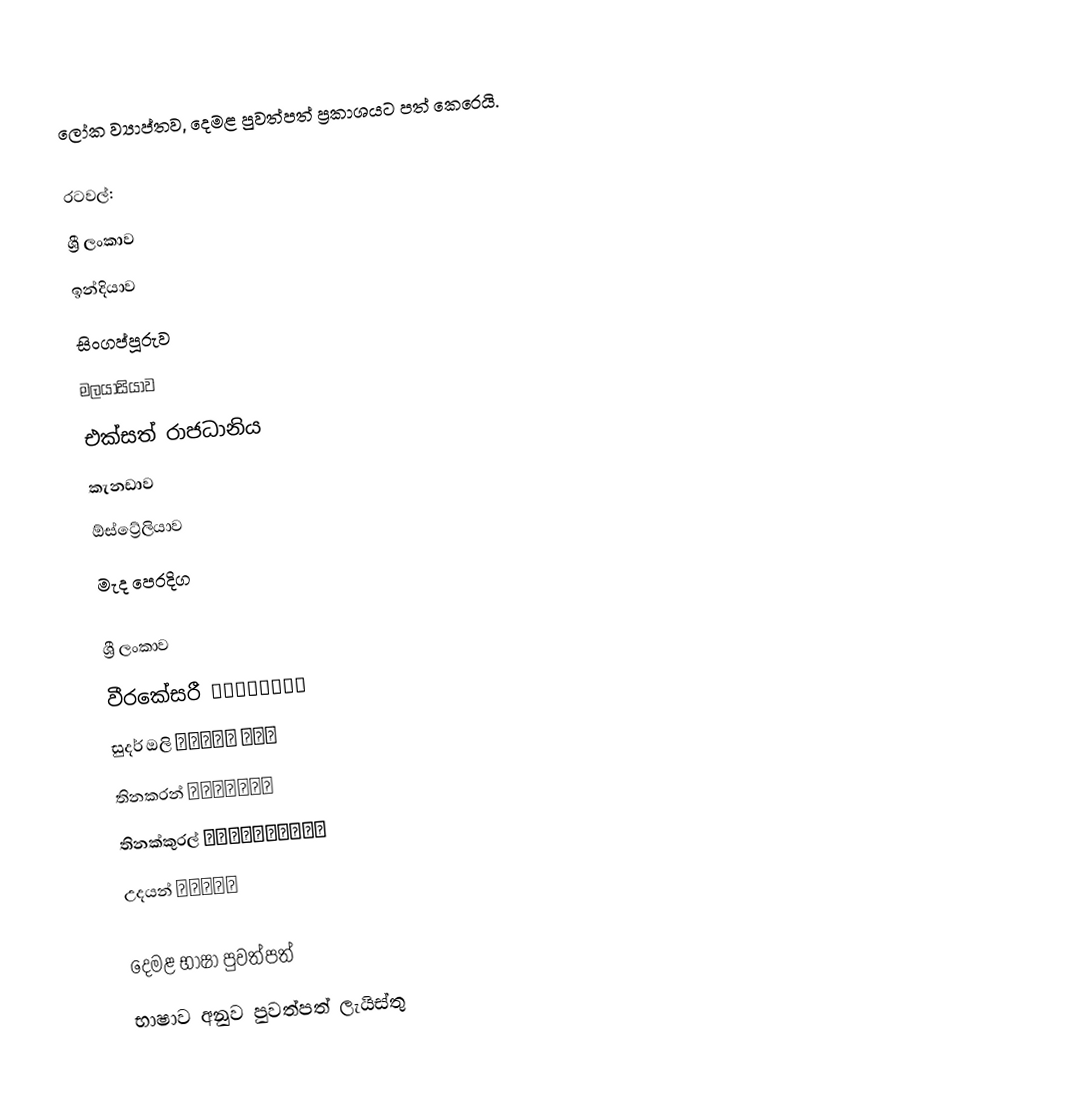
ලෝක ව්‍යාප්තව, දෙමළ පුවත්පත් ප්‍රකාශයට පත් කෙරෙයි.

රටවල්:
 ශ්‍රී ලංකාව
 ඉන්දියාව
 සිංගප්පූරුව
 මලයාසියාව
 එක්සත් රාජධානිය
 කැනඩාව
 ඕස්ට්‍රේලියාව
 මැද පෙරදිග

ශ්‍රී ලංකාව
 වීරකේසරී வீரகேசரி
 සුදර් ඔලි சுடர் ஒளி
 තිනකරන් தினகரன்
 තිනක්කුරල් தினக்குரல்
 උදයන් உதயன்

දෙමළ භාෂා පුවත්පත්
භාෂාව අනුව පුවත්පත් ලැයිස්තු